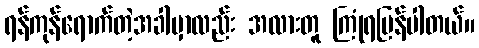
ရန်ကုန်ရောက်တဲ့အခါမှာလည်း အလားတူ ကြုံရပြန်ပါတယ်။